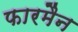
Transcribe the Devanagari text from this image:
फारमैन